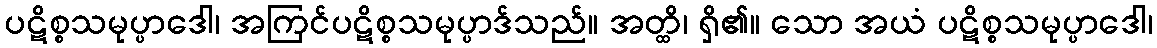
ပဋိစ္စသမုပ္ပာဒေါ၊ အကြင်ပဋိစ္စသမုပ္ပာဒ်သည်။ အတ္ထိ၊ ရှိ၏။ သော အယံ ပဋိစ္စသမုပ္ပာဒေါ၊